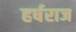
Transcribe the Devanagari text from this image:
हर्षराज